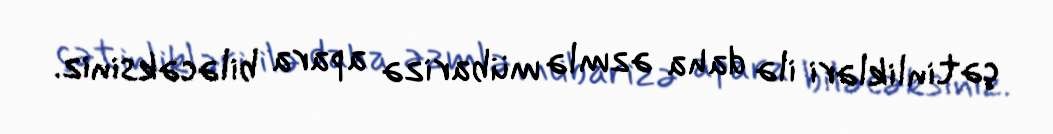
çətinlikləri ilə daha əzmlə mübarizə apara biləcəksiniz.